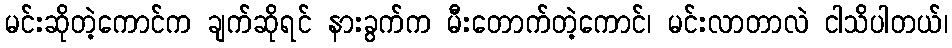
မင်းဆိုတဲ့ကောင်က ချက်ဆိုရင် နားခွက်က မီးတောက်တဲ့ကောင်၊ မင်းလာတာလဲ ငါသိပါတယ်၊